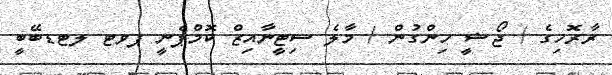
ރާރޮހިގެ / ޖޯޝީ ހިންގުން / މާލެ ސިޓީނާއިޒް ކޮމްޕެނީ ޕވޓ ލޓޑބޭބީ